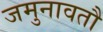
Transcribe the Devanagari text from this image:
जमुनावतौ